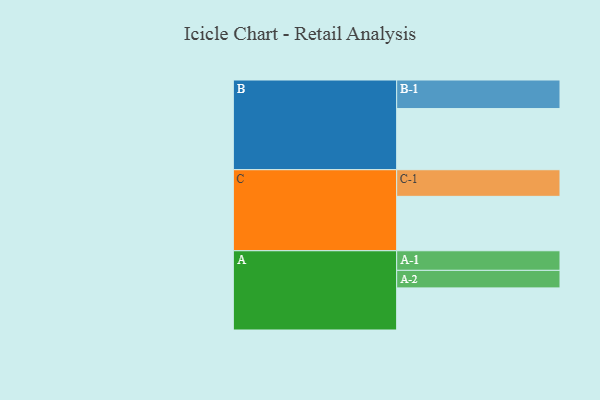
{"axis": {"x": "Segment", "y": "Value"}, "legend": ["", "A", "B", "C"], "data": [{"x": "A", "y": 370, "type": ""}, {"x": "B", "y": 537, "type": ""}, {"x": "C", "y": 478, "type": ""}, {"x": "A-1", "y": 172, "type": "A"}, {"x": "A-2", "y": 154, "type": "A"}, {"x": "B-1", "y": 251, "type": "B"}, {"x": "C-1", "y": 234, "type": "C"}]}